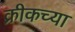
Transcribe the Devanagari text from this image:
क्रीकच्या